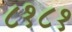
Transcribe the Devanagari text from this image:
८१८१